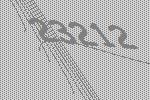
23212